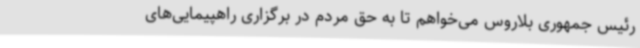
رئیس جمهوری بلاروس می‌خواهم تا به حق مردم در برگزاری راهپیمایی‌های